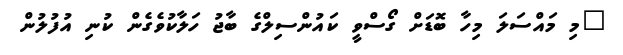
"މި މައްސަލަ މިހާ ބޮޑަށް ގޯސްވީ ކައުންސިލްގެ ބާޖު ހަލާކުވެގެން ކުނި އުފުލުން